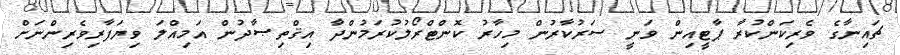
ޗައިނާގެ ވެރިކަންކުރާ ޕާޓީއިން ވަނީ ސަރުކާރުން މިހާރު ކޮންޓްރޯލުކުރަމުންދާ އިޤްތިޞާދުން އަމިއްލަ ވިޔަފާރިވެރިންނަށް